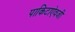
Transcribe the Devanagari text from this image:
पाकिटाऐवजी